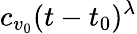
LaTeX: c_{v_{0}}(t-t_{0})^{\lambda}